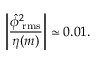
\left| \frac { \hat { \phi } _ { \mathrm { \tiny ~ r m s } } ^ { 2 } } { \eta ( m ) } \right| \simeq 0 . 0 1 .